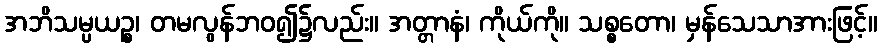
အဘိသမ္ပယဉ္စ၊ တမလွန်ဘဝ၍၌လည်း။ အတ္တာနံ၊ ကိုယ်ကို။ သစ္စတော၊ မှန်သေသာအားဖြင့်။